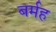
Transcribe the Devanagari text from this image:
बर्मह